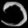
Digit: ၁